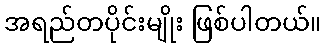
အရည်တပိုင်းမျိုး ဖြစ်ပါတယ်။